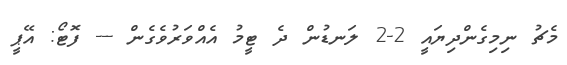
މެޗު ނިމިގެންދިޔައީ 2-2 ލަނޑުން ދެ ޓީމު އެއްވަރުވެގެން --- ފޮޓޯ: އޭޕީ